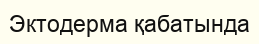
Эктодерма қабатында